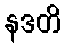
နဒတိ